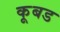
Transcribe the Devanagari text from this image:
कूबड